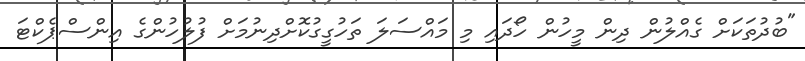
"ބުދުތަކަށް ގެއްލުން ދިން މީހުން ހޯދައި މި މައްސަލަ ތަހުގީގުކޮށްދިނުމަށް ފުލުހުންގެ އިންސްޕެކްޓަ